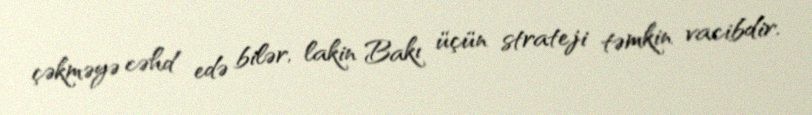
çəkməyə cəhd edə bilər, lakin Bakı üçün strateji təmkin vacibdir.